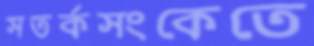
সতর্কসংকেতে